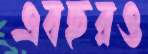
এবছরও